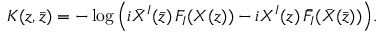
K ( z , \bar { z } ) = - \log \Big ( i \bar { X } ^ { I } ( \bar { z } ) \, F _ { I } ( X ( z ) ) - i X ^ { I } ( z ) \, \bar { F } _ { I } ( \bar { X } ( \bar { z } ) ) \Big ) .